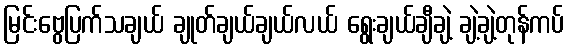
မြင်းဗွေပြက်သချယ် ချုတ်ချယ်ချယ်လယ် ရွေးချယ်ချီချဲ့ ချဲ့ချဲ့တုန်ကပ်